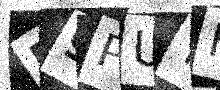
Text: F9PUYH